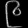
Digit: ၉